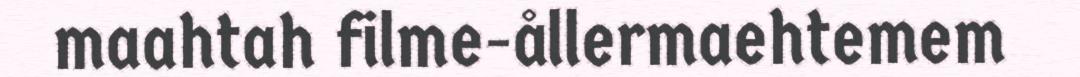
maahtah filme-ållermaehtemem